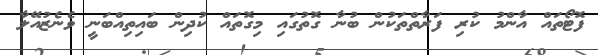
ފޮޓޯތައް އާންމު ކުރި ފަރާތްތަކުން ބުނާ ގޮތުގައި މިގޮތައް ކުދިން ބައިތިއްބަނީ ވެނެޒުއޭލާ